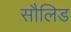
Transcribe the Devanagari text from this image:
सौलिड